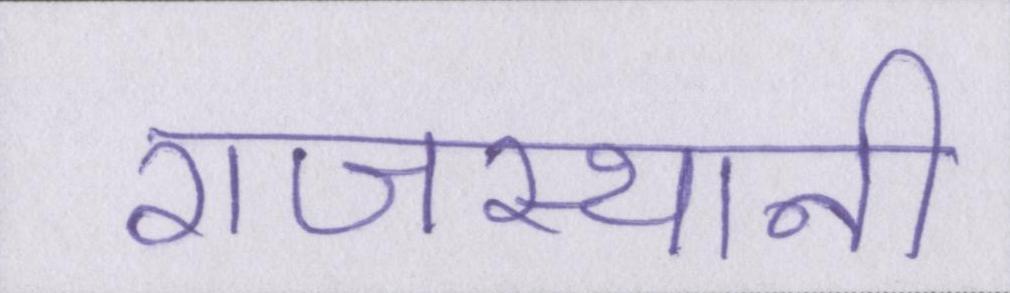
राजस्थानी